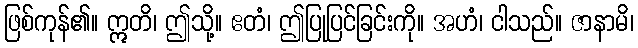
ဖြစ်ကုန်၏။ ဣတိ၊ ဤသို့။ ဧတံ၊ ဤပြုပြင်ခြင်းကို။ အဟံ၊ ငါသည်။ ဇာနာမိ၊